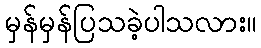
မှန်မှန်ပြသခဲ့ပါသလား။